Vaccination report Assam 1896-1927 - 1896-1927
Year: 1896
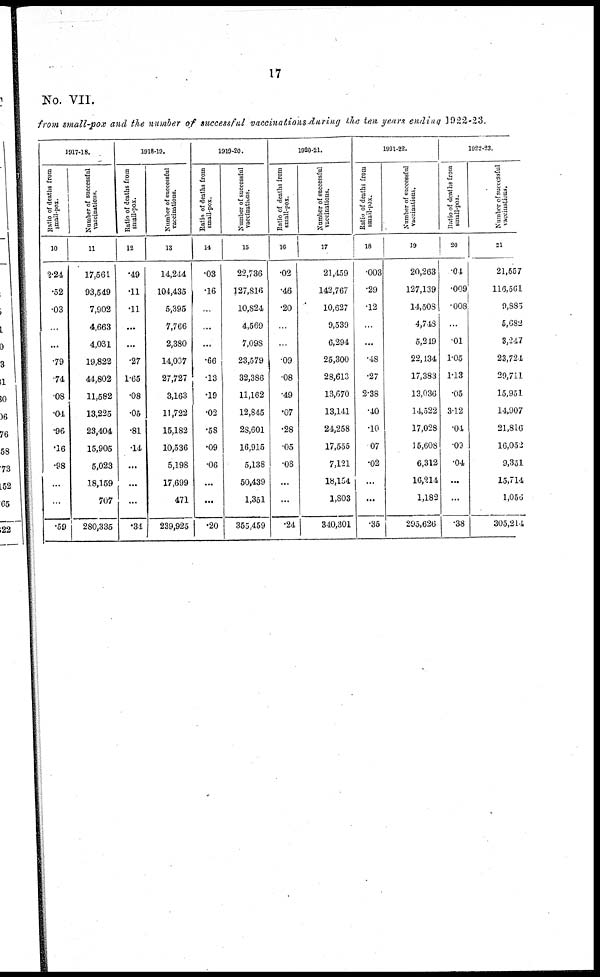
17
No. VII.
from small-pox and the number of successful vaccinations during the ten years ending 1922-23.
1917-18.
Ratio of deaths from
small-pox.
10
2.24
.52
.03
...
...
.79
.74
.08
.04
.96
.16
.98
...
...
.59
Number of successful
vaccinations.
11
17,561
93,549
7,902
4,663
4,031
19,822
44,802
11,582
13,225
23,404
15,905
5,023
18,159
707
280,335
1918-19.
Ratio of deaths from
small-pox.
12
.49
.11
.11
...
...
.27
1.65
.08
.05
.81
.14
...
...
...
.34
Number of successful
vaccinations.
13
14,244
104,435
5,395
7,766
2,380
14,007
27,727
3,163
11,722
15,182
10,536
5,198
17,699
471
239,925
1919-20.
Ratio of deaths from
small-pox.
14
.03
.16
...
...
...
.66
.13
.19
.02
.58
.09
.06
...
...
.20
Number of successful
vaccinations.
15
22,736
127,816
10,824
4,569
7,098
23,579
32,386
11,162
12,845
28,601
16,915
5,138
50,439
1,351
355,459
1920-21.
Ratio of deaths from
small-pox.
16
.02
.46
.20
...
...
.09
.08
.49
.07
.28
.05
.08
...
...
.24
Number of successful
vaccinations.
17
21,459
142,767
10,627
9,539
6,294
25,300
28,613
13,670
13,141
24,258
17,555
7,121
18,154
1,803
340,301
1921-22.
Ratio of deaths from
small-pox.
18
.003
.29
.12
...
...
.48
.27
2.38
.40
.10
07
.02
...
...
.35
Number of successful
vaccinations.
19
20,263
127,139
14,508
4,748
5,219
22,134
17,383
13,036
14,522
17,028
15,608
6,312
16,214
1,182
295,626
1922-23.
Ratio of deaths from
small-pox.
20
.04
.009
.008
...
.01
1.05
1.13
.05
3.12
.01
.09
.04
...
...
.38
Number of successful
vaccinations.
21
21,557
116,561
9,885
5,682
3,247
23,721
29,711
15,951
14,907
21,816
16,052
9,351
15,714
l,056
305,214